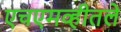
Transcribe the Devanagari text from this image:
एचएमव्हीतले